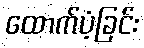
ထောက်ပံ့ခြင်း